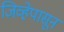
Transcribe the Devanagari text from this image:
जिव्हेपासून